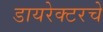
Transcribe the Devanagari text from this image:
डायरेक्टरचे